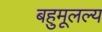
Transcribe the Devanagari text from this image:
बहुमूलल्य